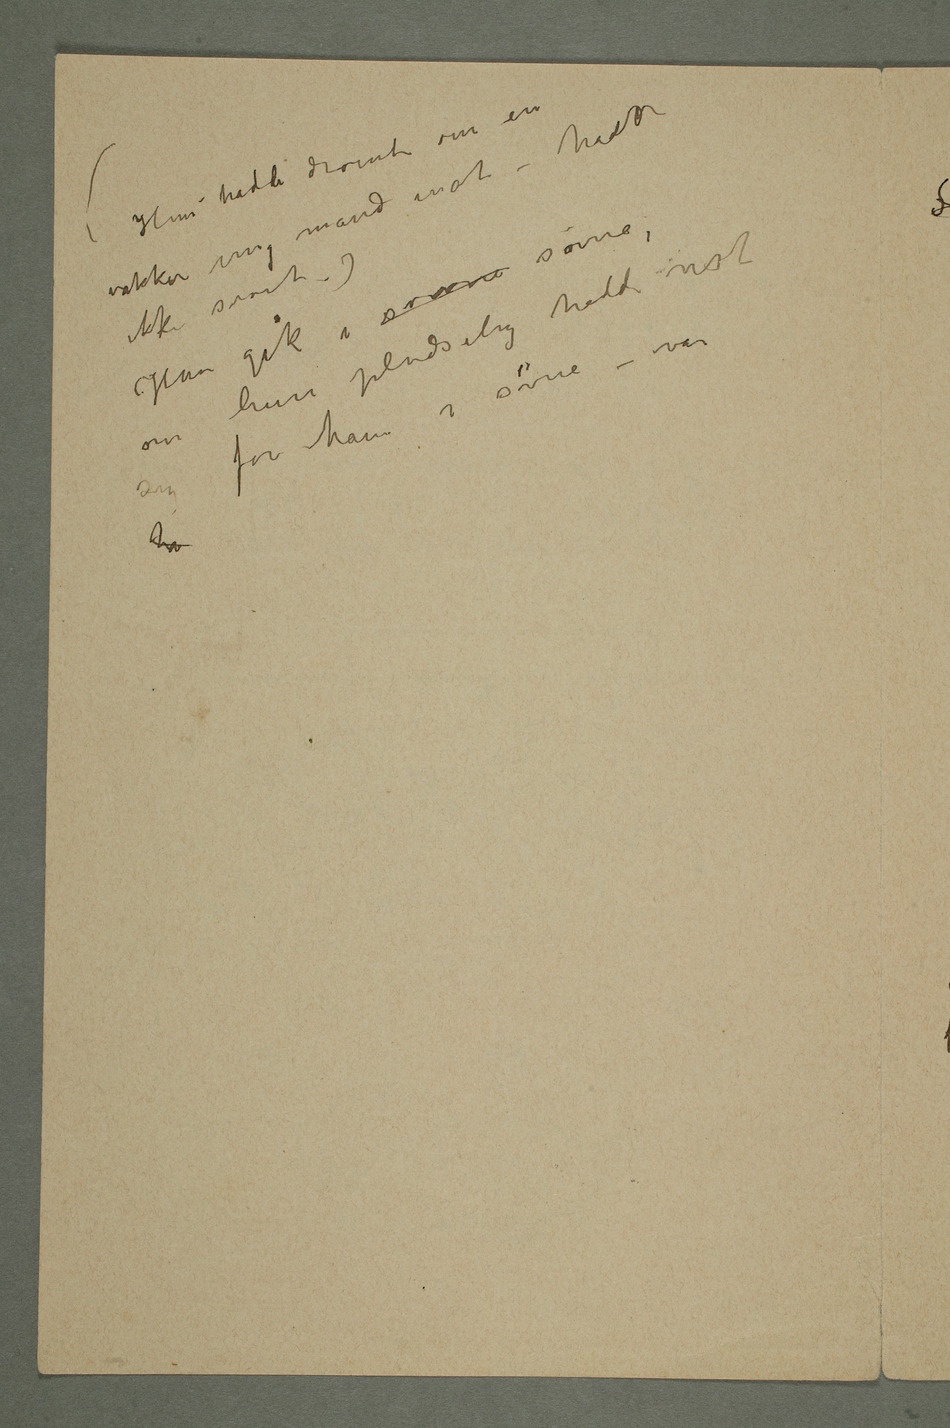
sovet.)
om hun pludselig hadde
vist seg for
ham i
søvne – var
ha